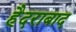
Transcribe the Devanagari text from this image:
हैदराबाद